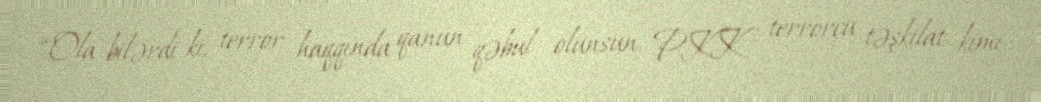
“Ola bilərdi ki, terror haqqında qanun qəbul olunsun, PKK terrorçu təşkilat kimi